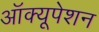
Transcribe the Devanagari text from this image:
ऑक्यूपेशन